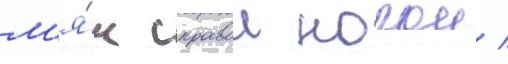
м'я́ч правои ногои /